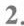
2.